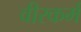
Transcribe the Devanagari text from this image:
वीरकर्म